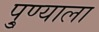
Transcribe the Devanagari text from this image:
पु्ण्याला